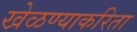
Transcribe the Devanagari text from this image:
खेळण्याकरिता